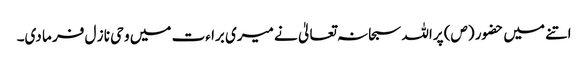
اتنے میں حضور (ص) پراللہ سبحا نہ تعالیٰ نے میری برا ءت میں و حی نا ز ل فر ما دی۔